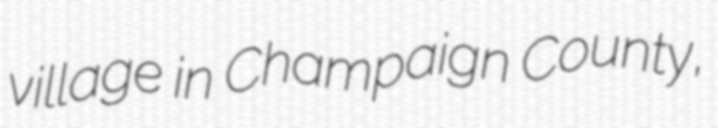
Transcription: village in Champaign County,